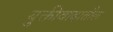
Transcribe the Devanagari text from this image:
युक्तीवादातील